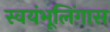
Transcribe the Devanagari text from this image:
स्वयंभूलिंगास